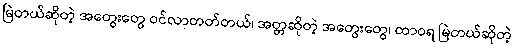
မြဲတယ်ဆိုတဲ့ အတွေးတွေ ဝင်လာတတ်တယ်၊ အတ္တဆိုတဲ့ အတွေးတွေ၊ ထာဝရ မြဲတယ်ဆိုတဲ့